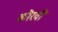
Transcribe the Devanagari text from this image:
कौरवौं